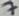
Text: 7